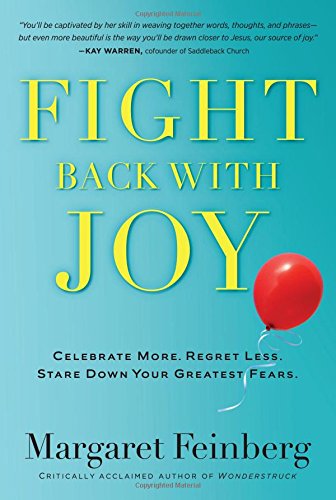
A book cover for Fight Back With Joy: Celebrate More. Regret Less. Stare Down Your Greatest Fears.; Margaret Feinberg; Health, Fitness & Dieting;